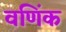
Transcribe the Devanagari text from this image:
वणिंक